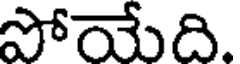
పోయేది.